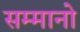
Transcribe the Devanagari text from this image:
सम्मानो